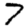
Digit: 7